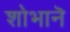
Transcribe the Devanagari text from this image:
शोभानॆ